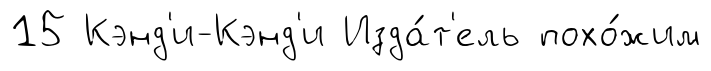
15 Кэнд'и-Кэнд'и Изда́т'ель похо́жим